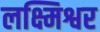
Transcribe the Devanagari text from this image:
लक्ष्मिश्वर